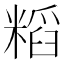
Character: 𮇷